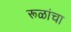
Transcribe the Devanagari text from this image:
रूळांचा